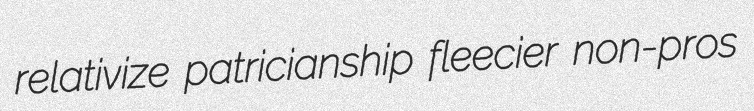
relativize patricianship fleecier non-pros